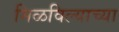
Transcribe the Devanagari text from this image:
मिळविल्याच्या